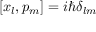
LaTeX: [ x _ { l } , p _ { m } ] = i \hbar \delta _ { l m }